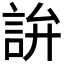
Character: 𬢢